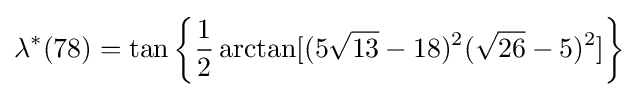
\lambda ^{*}(78)=\tan \left\{{\frac {1}{2}}\arctan[(5{\sqrt {13}}-18)^{2}({\sqrt {26}}-5)^{2}]\right\}